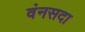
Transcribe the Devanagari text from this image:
वंनसदा